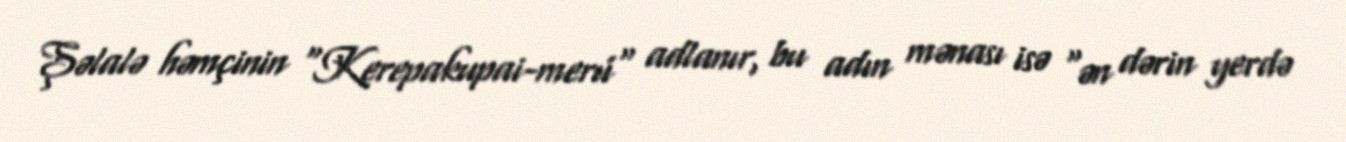
Şəlalə həmçinin "Kerepakupai-merú" adlanır, bu adın mənası isə "ən dərin yerdə